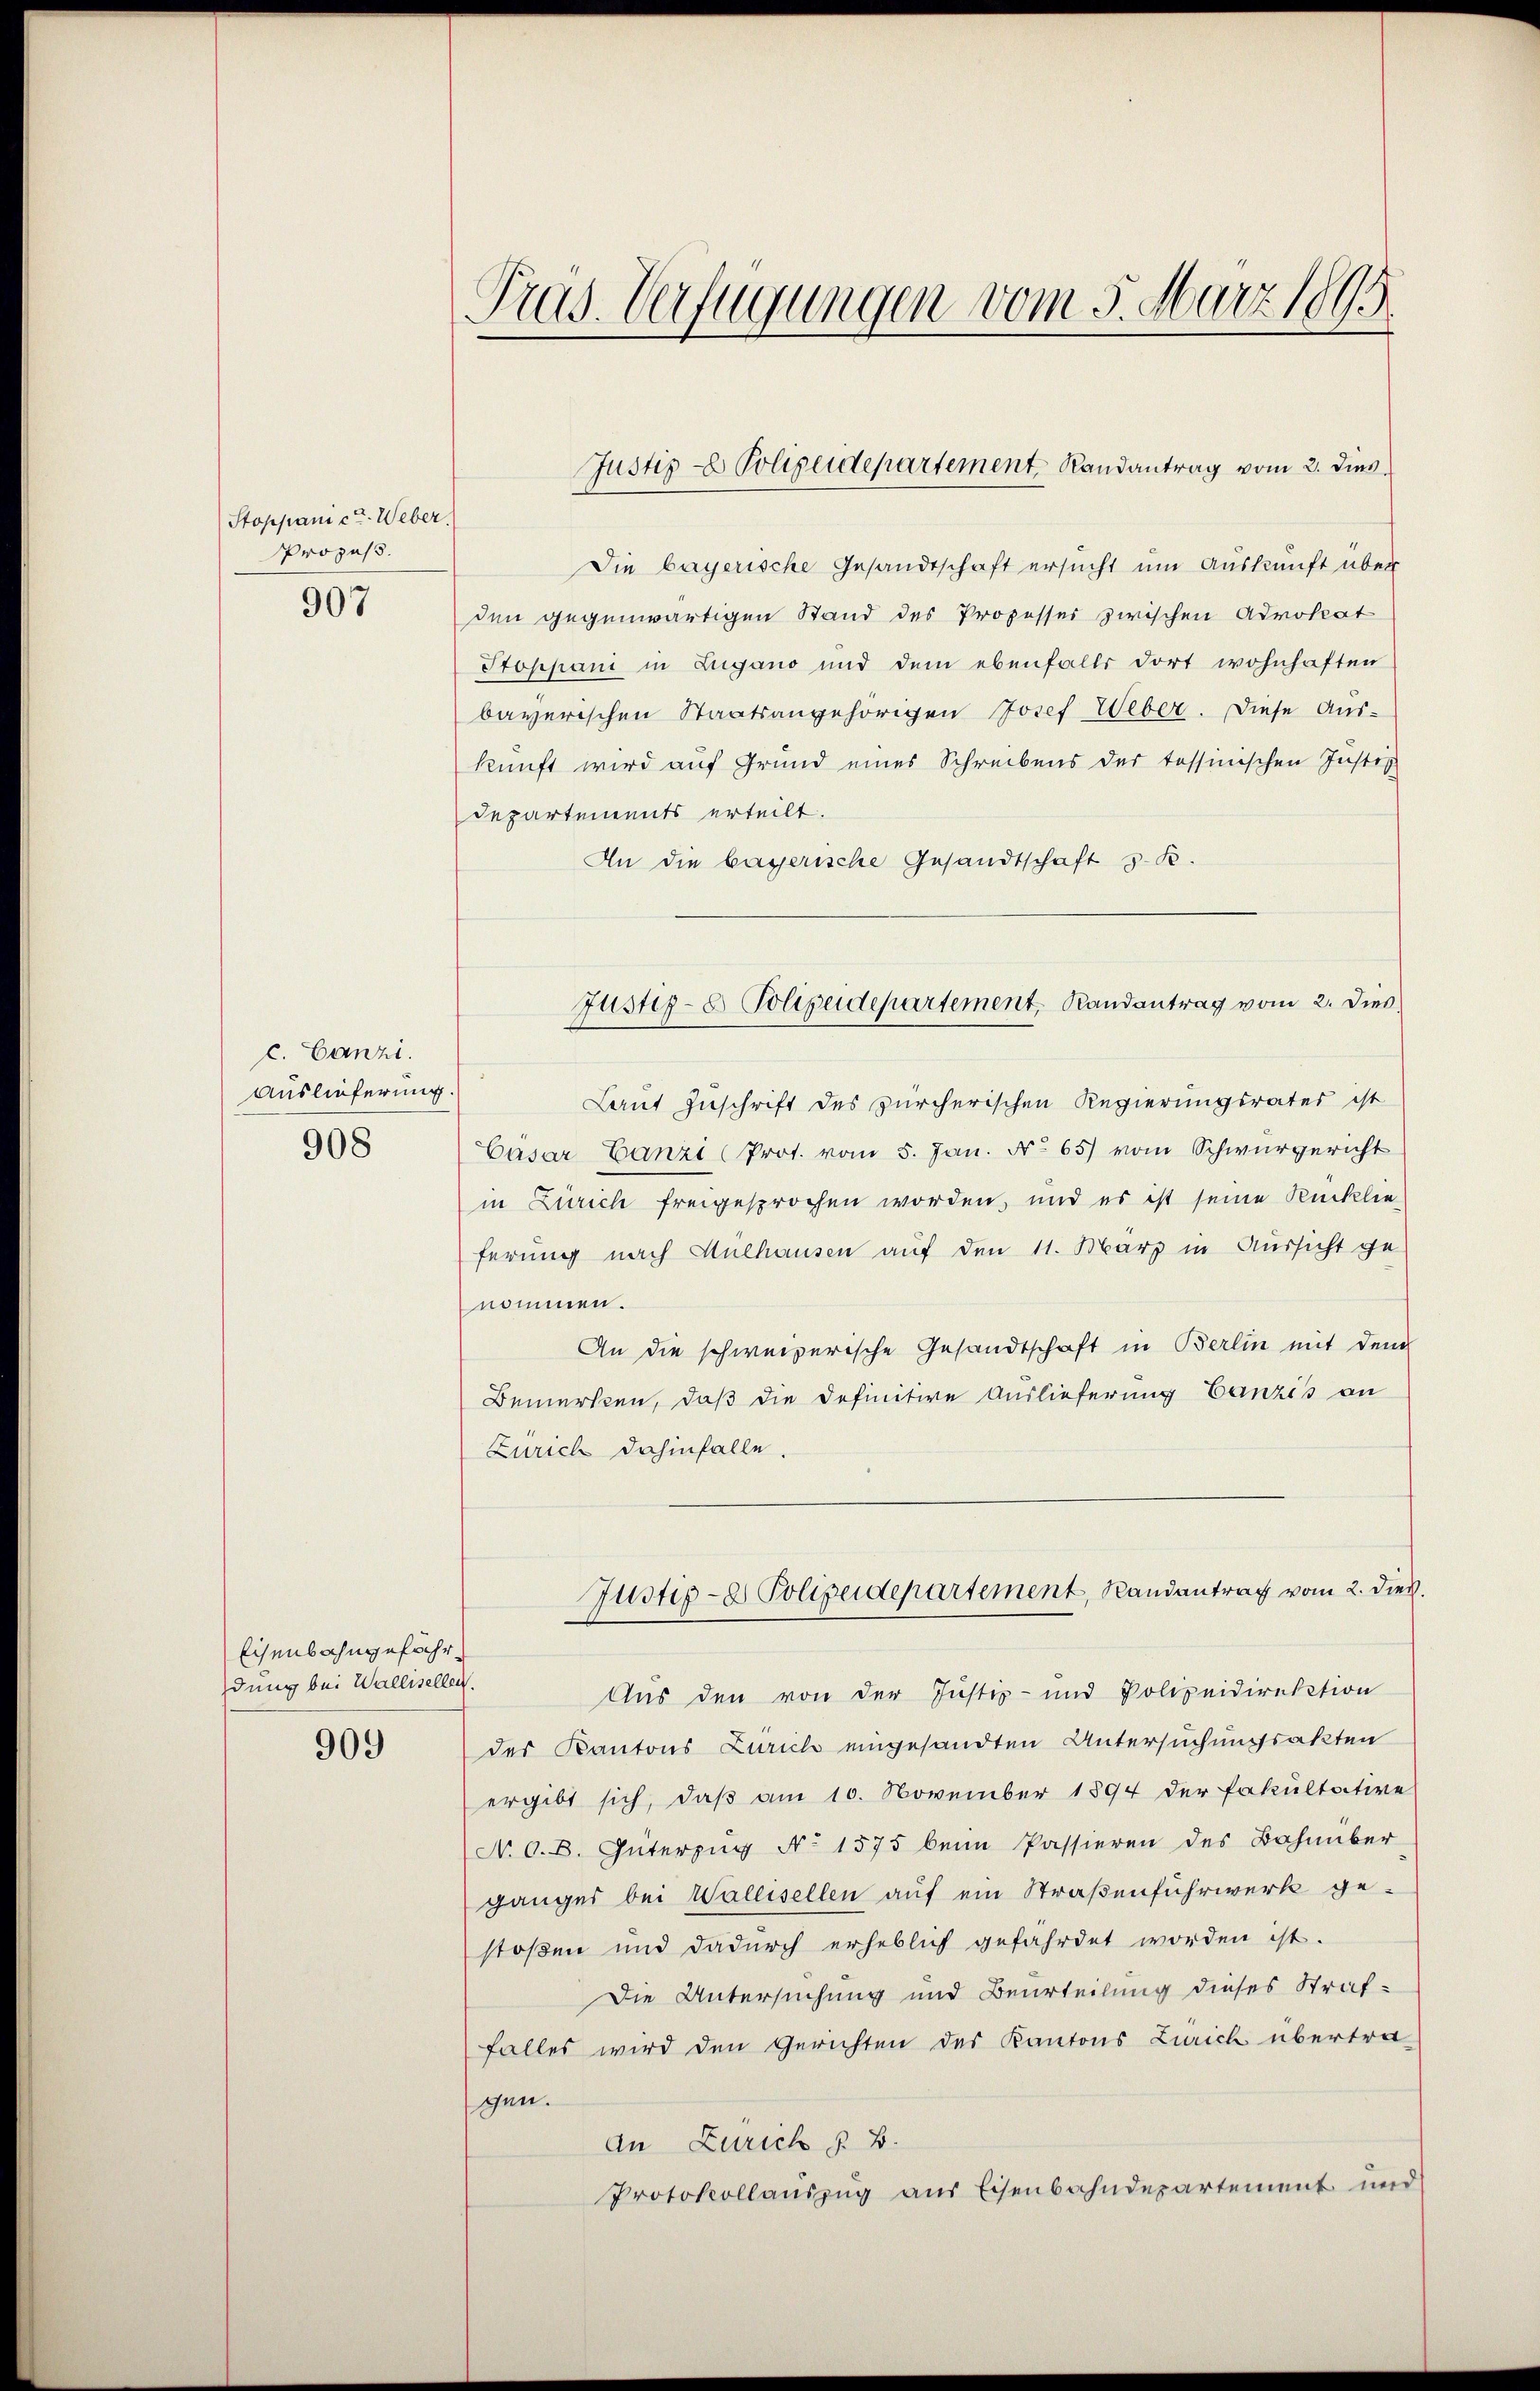
Stoppanict. Weber,
Prozess.

907

c. Canzi
Auslieferung.
908

Eisenbahngefähr
dung bei Wallisellen.

909

.
Tras. Verfügungen vom 5. März 1895

Die bayerische Gesandtschaft ersucht um Auskunft über
den gegenwärtigen Stand des Prozesser zwischen Advokat
Stoppani in Zugano und dem ebenfalls dort wohnhaften
bayerischen Staatsangehörigen Josef Weber. Diese Aus-
kunft wird auf Grund eines Schreibens der tessinischen Justiz
Departements erteilt.
An die bayerische Gesandtschaft z. B.
Laut Zuschrift des zürcherischen Regierungsrates ist
Casar Lanzi (Prot. vom 5. Jan. No 65) vom Schwurgericht
in Zürich freigesprochen worden, und es ist seine Rücklie
ferung nach Mulhausen auf den 11. März in Aussicht ge-
nommen.
An die schweizerische Gesandtschaft in Berlin mit dem
Bemerken, daß die definitive Auslieferung Canzis an
Zürich dahinfalle.
Justiz- & Polizeidepartement, Randantrag vom 2. Dies
Aus den von der Justiz- und Polizeidirektion
des Kantons Zürich eingesandten Untersuchungsakten
ergibt sich, daß am 10. November 1894 der Fakultative
N. O. B. Güterzug No 1575 beim Passieren des Bahnüber
ganges bei Wallisellen auf ein Straßenfuhrwerk ge-
stoßen und dadurch erheblich gefährdet worden ist.
Die Untersuchung und Beurteilung dieses Straffalles wird den Gerichten des Kantons Zürich übertra-
gen.
An Zürich §. B.
Protokollauszug aus Eisenbahndepartement und

Justiz - Polizeidepartement Randantrag vom 2. Dies

Justiz- & Polizeidepartement Randantrag vom 2. Dies